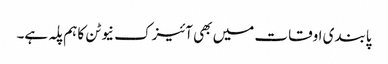
پابندی اوقات میں بھی آئیزک نیوٹن کا ہم پلہ ہے۔